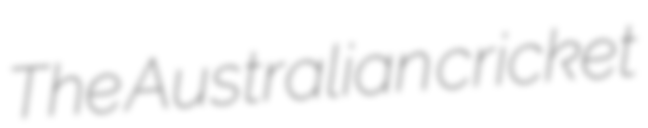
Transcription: The Australian cricket